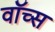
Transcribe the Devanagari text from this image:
वॉच्स